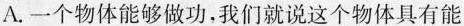
A.一个物体能够做功，我们就说这个物体具有能